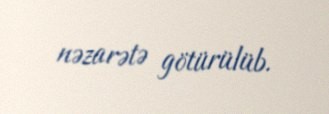
nəzarətə götürülüb.